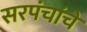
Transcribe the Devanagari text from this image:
सरपंचांचे